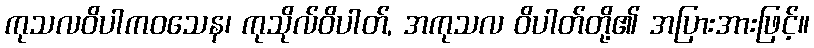
ကုသလဝိပါကဝသေန၊ ကုသိုလ်ဝိပါတ်, အကုသလ ဝိပါတ်တို့၏ အပြားအားဖြင့်။